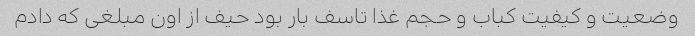
وضعیت و کیفیت کباب و حجم غذا تاسف بار بود حیف از اون مبلغی که دادم